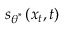
\boldsymbol { s } _ { \boldsymbol { \theta } ^ { * } } \left( \boldsymbol { x } _ { t } , t \right)